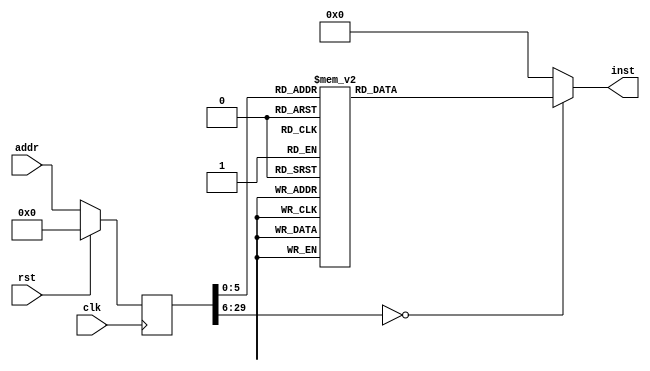
module prompt(input clk, input rst, input [29:0] addr, output reg [31:0] inst);
reg [29:0] addr_r;
always @(posedge clk)
begin
addr_r <= (rst) ? (30'b0) : (addr);
end
always @(*)
begin
case(addr_r)
30'h00000000: inst = 32'h37070010;
30'h00000001: inst = 32'h13070704;
30'h00000002: inst = 32'hef004000;
30'h00000003: inst = 32'h130707fe;
30'h00000004: inst = 32'h232e2700;
30'h00000005: inst = 32'h13010702;
30'h00000006: inst = 32'h37080010;
30'h00000007: inst = 32'h13080808;
30'h00000008: inst = 32'h232401ff;
30'h00000009: inst = 32'h232601fe;
30'h0000000a: inst = 32'h6f000004;
30'h0000000b: inst = 32'h13000000;
30'h0000000c: inst = 32'h37080080;
30'h0000000d: inst = 32'h03280800;
30'h0000000e: inst = 32'h13781800;
30'h0000000f: inst = 32'he30a08fe;
30'h00000010: inst = 32'h37080080;
30'h00000011: inst = 32'h13088800;
30'h00000012: inst = 32'h8328c1fe;
30'h00000013: inst = 32'h032981fe;
30'h00000014: inst = 32'hb3081901;
30'h00000015: inst = 32'h83c80800;
30'h00000016: inst = 32'h23201801;
30'h00000017: inst = 32'h0328c1fe;
30'h00000018: inst = 32'h13081800;
30'h00000019: inst = 32'h232601ff;
30'h0000001a: inst = 32'h0328c1fe;
30'h0000001b: inst = 32'h832881fe;
30'h0000001c: inst = 32'h33880801;
30'h0000001d: inst = 32'h03480800;
30'h0000001e: inst = 32'he31a08fa;
30'h0000001f: inst = 32'h6ff0dff9;
30'h00000020: inst = 32'h3135303e;
30'h00000021: inst = 32'h00000000;
default:      inst = 32'h00000000;
endcase
end
endmodule